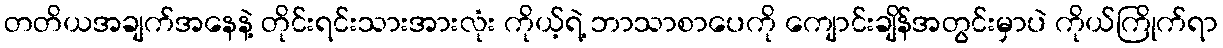
တတိယအချက်အနေနဲ့ တိုင်းရင်းသားအားလုံး ကိုယ့်ရဲ့ ဘာသာစာပေကို ကျောင်းချိန်အတွင်းမှာပဲ ကိုယ်ကြိုက်ရာ